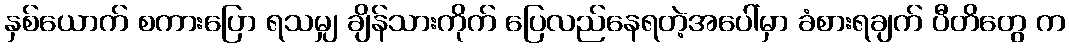
နှစ်ယောက် စကားပြော ရသမျှ ချိန်သားကိုက် ပြေလည်နေရတဲ့အပေါ်မှာ ခံစားရချက် ပီတိတွေ က